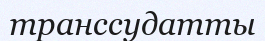
транссудатты